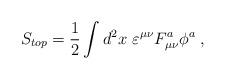
LaTeX: \begin{align*}S_{top}=\frac 12\int d^2x\,\,\varepsilon ^{\mu \nu }F_{\mu \nu }^a\phi ^a\;,\end{align*}